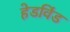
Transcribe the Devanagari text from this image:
हेडविंड